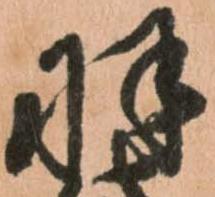
羽